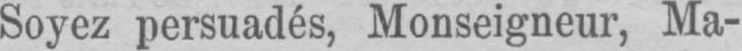
Soyez persuadés, Monseigneur, Ma-